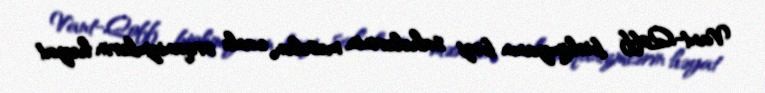
Vant-Qoff biokimyanın bəzi sahələrinin, məsələn, canlı orqanizmlərin həyat